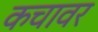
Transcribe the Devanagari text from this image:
कचावर